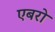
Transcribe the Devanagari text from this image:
एबरो